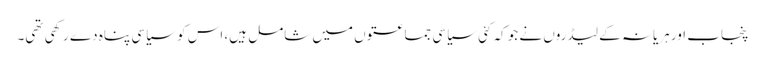
پنجاب اور ہریانہ کے لیڈروں نے جو کہ کئی سیاسی جماعتوں میں شامل ہیں، اس کو سیاسی پناہ دے رکھی تھی۔